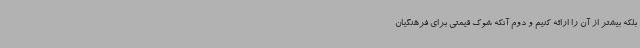
بلکه بیشتر از آن را ارائه کنیم و دوم آنکه شوک قیمتی برای فرهنگیان